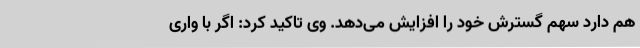
هم دارد سهم گسترش خود را افزایش می‌دهد. وی تاکید کرد: اگر با واری